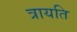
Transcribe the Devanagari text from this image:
त्रायति